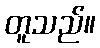
တူသည်။